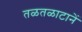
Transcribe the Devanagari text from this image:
तळतळाटानें